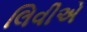
લિવીએ